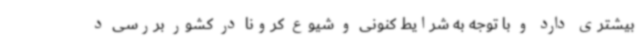
بیشتری دارد و با توجه به شرایط کنونی و شیوع کرونا در کشور بررسی د